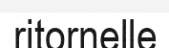
ritornelle